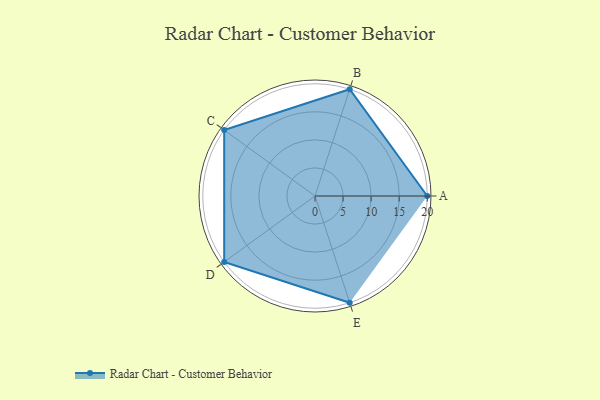
{"axis": {"x": "Skill", "y": "Score"}, "legend": ["Profile"], "data": [{"x": "A", "y": 20.0, "type": "Profile"}, {"x": "B", "y": 20, "type": "Profile"}, {"x": "C", "y": 20, "type": "Profile"}, {"x": "D", "y": 20, "type": "Profile"}, {"x": "E", "y": 20, "type": "Profile"}]}